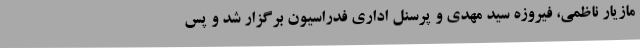
مازیار ناظمی، فیروزه سید مهدی و پرسنل اداری فدراسیون برگزار شد و پس